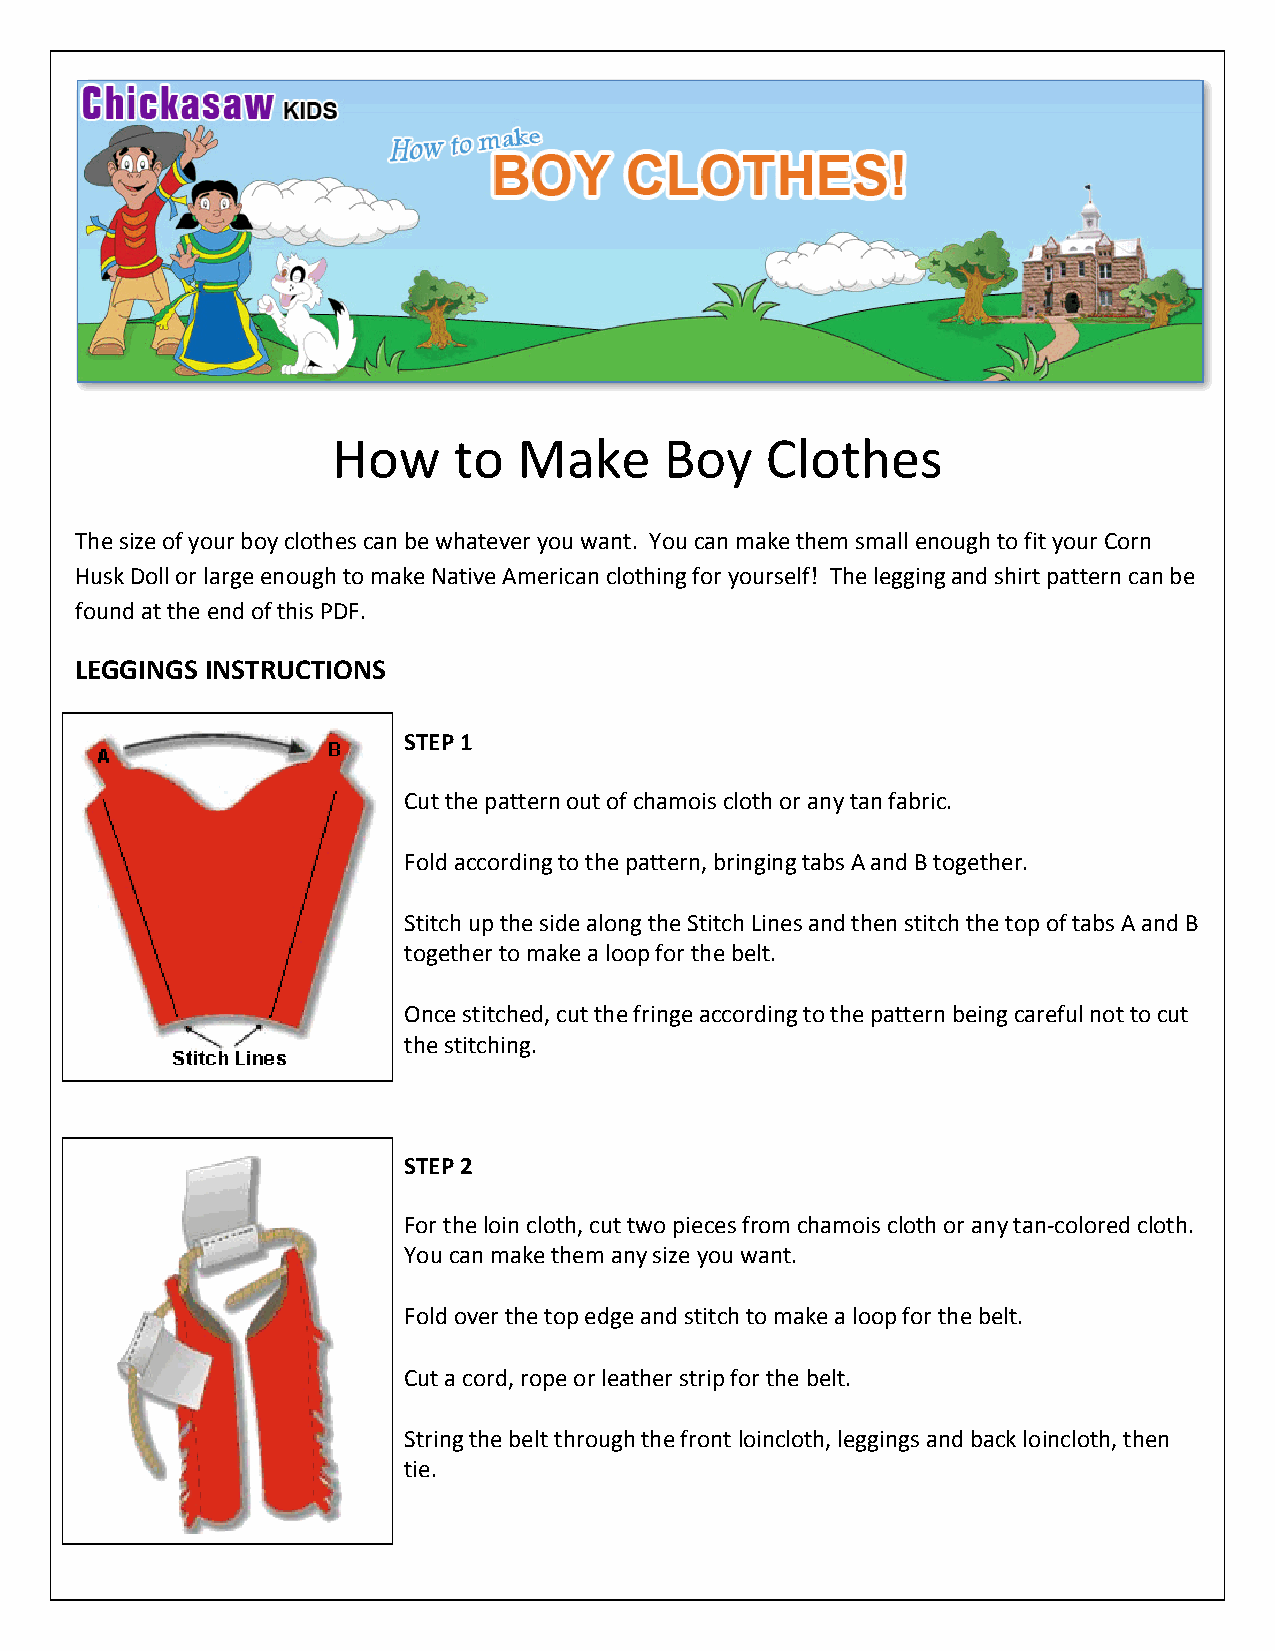
How     to  Make      Boy    Clothes
 The size of your boy clothes can be whatever you want. You can make them small enough to fit your Corn
 Husk Doll or large enough to make Native American clothing for yourself! The legging and shirt pattern can be
 found at the end of this PDF.
 LEGGINGS INSTRUCTIONS
 STEP 1
 Cut the pattern out of chamois cloth or any tan fabric.
 Fold according to the pattern, bringing tabs A and B together.
 Stitch up the side along the Stitch Lines and then stitch the top of tabs A and B
 together to make a loop for the belt.
 Once stitched, cut the fringe according to the pattern being careful not to cut
 the stitching.
 STEP 2
 For the loin cloth, cut two pieces from chamois cloth or any tan-colored cloth.
 You can make them any size you want.
 Fold over the top edge and stitch to make a loop for the belt.
 Cut a cord, rope or leather strip for the belt.
 String the belt through the front loincloth, leggings and back loincloth, then
 tie.